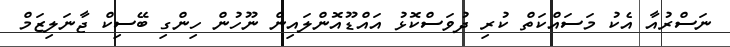
ނަސްރުއާ އެކު މަަސައްކަތް ކުރި ދުވަސްކޮޅު އައްޑޫއޮންލައިން ނޫހުން ހިންގި ބޭސިކް ޖާނަލިޒަމް